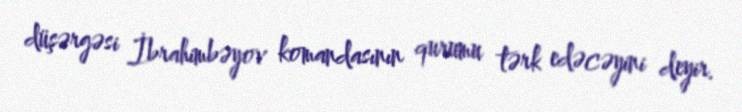
düşərgəsi İbrahimbəyov komandasının qurumu tərk edəcəyini deyir.